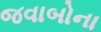
જવાબોના